Report on vaccination in Madras 1904-1921 - 1904-1921
Year: 1904
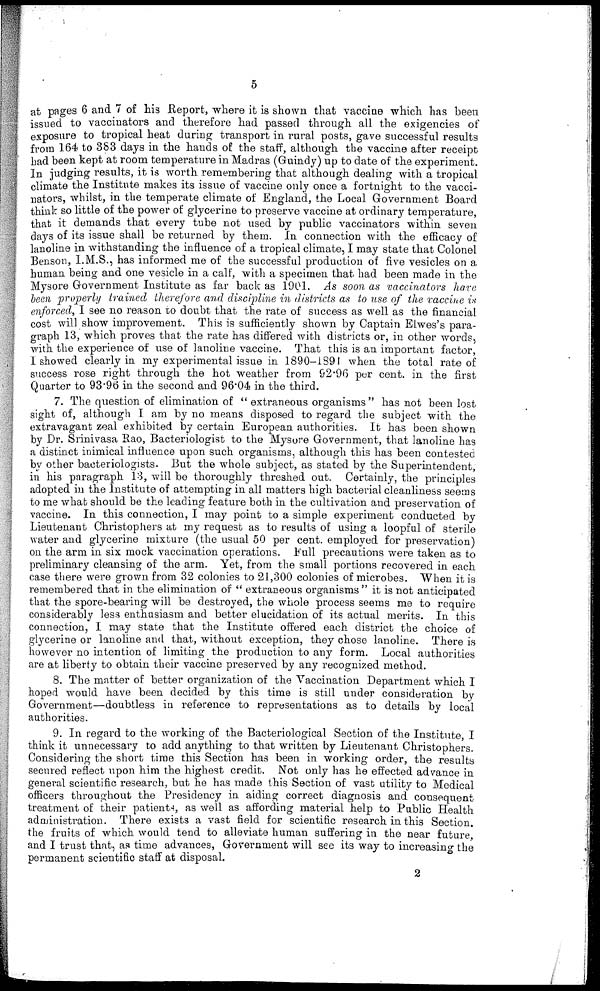
5
at pages 6 and 7 of his Report, where it is shown that vaccine which has been
issued to vaccinators and therefore had passed through all the exigencies of
exposure to tropical heat during transport in rural posts, gave successful results
from 164 to 383 days in the hands of the staff, although the vaccine after receipt
had been kept at room temperature in Madras (Guindy) up to date of the experiment.
In judging results, it is worth remembering that although dealing with a tropical
climate the Institute makes its issue of vaccine only once a fortnight to the vacci-
nators, whilst, in the temperate climate of England, the Local Government Board
think so little of the power of glycerine to preserve vaccine at ordinary temperature,
that it demands that every tube not used by public vaccinators within seven
days of its issue shall be returned by them. In connection with the efficacy of
lanoline in withstanding the influence of a tropical climate, I may state that Colonel
Benson, I.M.S., has informed me of the successful production of five vesicles on a
human being and one vesicle in a calf, with a specimen that had been made in the
Mysore Government Institute as far back as 1901. As soon as vaccinators hare
been properly trained therefore and discipline in districts as to use of the vaccine is
enforced, I see no reason to doubt that the rate of success as well as the financial
cost will show improvement. This is sufficiently shown by Captain Elwes's para-
graph 13, which proves that the rate has differed with districts or, in other words,
with the experience of use of lanoline vaccine. That this is an important factor,
I showed clearly in my experimental issue in 1890-1891 when the total rate of
success rose right through the hot weather from 92.96 per cent. in the first
Quarter to 93.96 in the second and 96.04 in the third.
7. The question of elimination of " extraneous organisms " has not been lost
sight of, although I am by no means disposed to regard the subject with the
extravagant zeal exhibited by certain European authorities. It has been shown
by Dr. Srinivasa Rao, Bacteriologist to the Mysore Government, that lanoline has
a distinct inimical influence upon such organisms, although this has been contested
by other bacteriologists. But the whole subject, as stated by the Superintendent,
in his paragraph 13, will be thoroughly threshed out. Certainly, the principles
adopted in the Institute of attempting in all matters high bacterial cleanliness seems
to me what should be the leading feature both in the cultivation and preservation of
vaccine. In this connection, I may point to a simple experiment conducted by
Lieutenant Christophers at my request as to results of using a loopful of sterile
water and glycerine mixture (the usual 50 per cent. employed for preservation)
on the arm in six mock vaccination operations. Full precautions were taken as to
preliminary cleansing of the arm. Yet, from the small portions recovered in each
case there were grown from 32 colonies to 21,300 colonies of microbes. When it is
remembered that in the elimination of " extraneous organisms " it is not anticipated
that the spore-bearing will be destroyed, the whole process seems me to require
considerably less enthusiasm and better elucidation of its actual merits. In this
connection, I may state that the Institute offered each district the choice of
glycerine or lanoline and that, without exception, they chose lanoline. There is
however no intention of limiting the production to any form. Local authorities
are at liberty to obtain their vaccine preserved by any recognized method.
8. The matter of better organization of the Vaccination Department which I
hoped would have been decided by this time is still under consideration by
Government—doubtless in reference to representations as to details by local
authorities.
9. In regard to the working of the Bacteriological Section of the Institute, I
think it unnecessary to add anything to that written by Lieutenant Christophers.
Considering the short time this Section has been in working order, the results
secured reflect upon him the highest credit. Not only has he effected advance in
general scientific research, but he has made this Section of vast utility to Medical
officers throughout the Presidency in aiding correct diagnosis and consequent-
treatment of their patients, as well as affording material help to Public Health
administration. There exists a vast field for scientific research in this Section.
the fruits of which would tend to alleviate human suffering in the near future,
and I trust that, as time advances, Government will see its way to increasing the
permanent scientific staff at disposal.
2